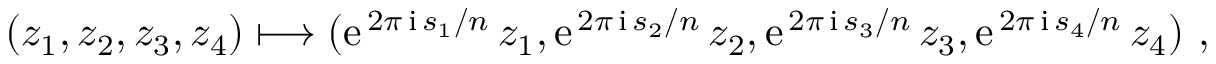
\begin{array} { r } { ( z _ { 1 } , z _ { 2 } , z _ { 3 } , z _ { 4 } ) \longmapsto ( \mathrm { e } ^ { \, 2 \pi \, \mathrm { i } \, s _ { 1 } / n } \, z _ { 1 } , \mathrm { e } ^ { \, 2 \pi \, \mathrm { i } \, s _ { 2 } / n } \, z _ { 2 } , \mathrm { e } ^ { \, 2 \pi \, \mathrm { i } \, s _ { 3 } / n } \, z _ { 3 } , \mathrm { e } ^ { \, 2 \pi \, \mathrm { i } \, s _ { 4 } / n } \, z _ { 4 } ) \ , } \end{array}